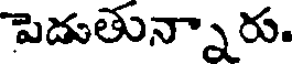
పెదుతున్నారు.